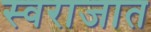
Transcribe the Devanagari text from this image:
स्वराजात